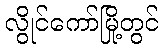
လွိုင်ကော်မြို့တွင်